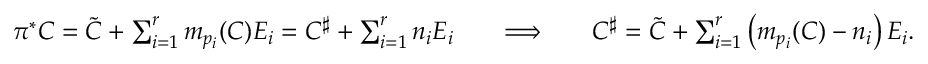
\begin{array} { r l r l r l } & { \pi ^ { * } C = \widetilde { C } + \sum _ { i = 1 } ^ { r } m _ { p _ { i } } ( C ) E _ { i } = C ^ { \sharp } + \sum _ { i = 1 } ^ { r } n _ { i } E _ { i } } & & { \Longrightarrow } & & { C ^ { \sharp } = \widetilde { C } + \sum _ { i = 1 } ^ { r } \left( m _ { p _ { i } } ( C ) - n _ { i } \right) E _ { i } . } \end{array}